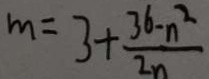
m = 3 + \frac { 3 6 - n ^ { 2 } } { 2 n }